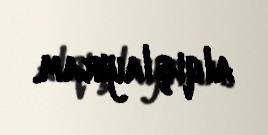
alqışlayıram.